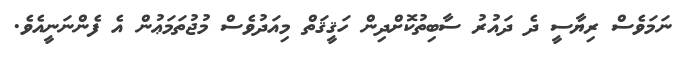
ނަމަވެސް ރިޔާސީ ދެ ދައުރު ސާބިތުކޮށްދިން ހަޤީޤަތް މިއަދުވެސް މުޖުތަމަޢުން އެ ފެންނަނީއެވެ.